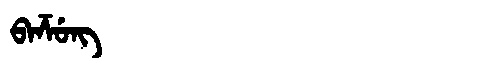
Manchu: ᠪᠠᡯᡠᠩ
Romanization: BADZUNG